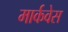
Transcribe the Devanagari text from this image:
मार्कवेस